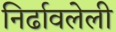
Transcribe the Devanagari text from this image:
निर्ढावलेली